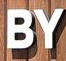
BY